Indian journal of veterinary science and animal husbandry - Volumes 15-17, 1948-1951
Year: 1948
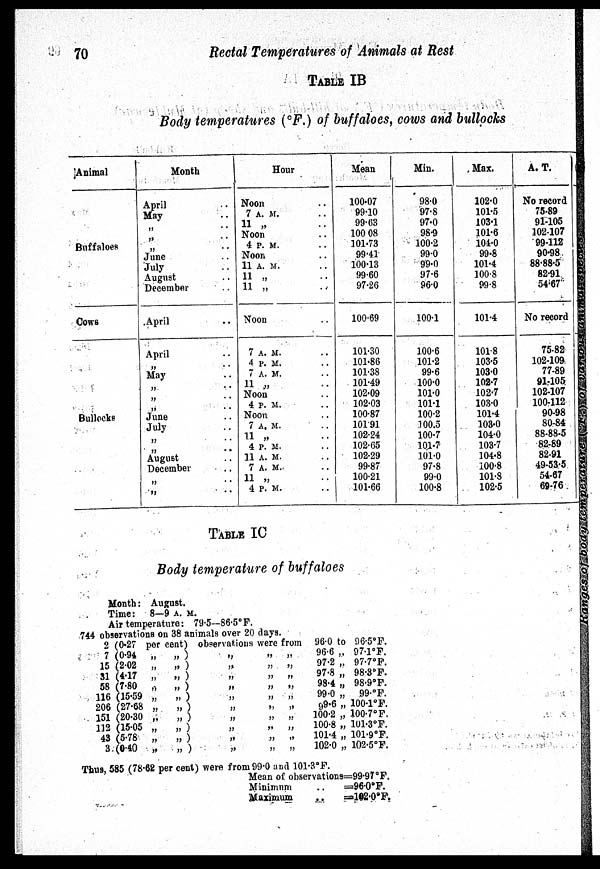
70
Rectal Temperatures of Animals at Rest
TABLE IB
Body temperatures (ºF.) of buffaloes, cows and bullocks
Animal
Buffaloes
Cows
Bullocks
Month
April
May
„
„
„
June
July
August
December
April
April
„
May
„
„
„
June
July
„
„
August
December
„
„
Hour
Noon
7 A. M.
11 „
Noon
4 P.M.
Noon
11 A. M.
11 „
11 „
Noon
7 A. M.
4 P. M.
7 A. M.
11 „
Noon
4 P. M.
Noon
7 A. M.
11 „
4 P. M.
11 A. M.
7 A. M.
11 „
4 P. M.
Mean
100.07
99.10
99.63
100 08
101.73
99.41
100.13
99.60
97.26
100.69
101.30
101.86
101.38
101.49
102.09
102.03
100.87
101.91
102.24
102.65
102.29
99.87
100.21
101.66
Min.
98.0
97.8
97.0
98.9
100.2
99.0
99.0
97.6
96.0
100.1
100.6
101.2
99.6
100.0
101.0
101.1
100.2
100.5
100.7
101.7
101.0
97.8
99.0
100.8
Max.
102.0
101.5
103.1
101.6
104.0
99.8
101.4
100.8
99.8
101.4
101.8
103.5
103.0
102.7
102.7
103.0
101.4
103.0
104.0
103.7
104.8
100.8
101.8
102.5
A. T.
No record
75.89
91.105
102.107
99.112
90.98
88-88.5
82.91
54.67
No record
75.82
102.109
77.89
91.105.
102.107
100.112
90.98
80.84
88-88.5
82.89
82.91
49-53.5
54.67
69.76
TABLE IC
Body temperature of buffaloes
Month: August.
Time: 8—9 A. M.
Air temperature: 79.5—86.5°F.
744 observations on 38 animals over 20 days.
2
7
15
31
58
116
206
151
132
43
3
(0.27per cent)observations were from
(0.94 „ „ ) „ „ „
(2.02
„
„
)
„
„
„
(4.17
„
„
)
„
„
„
(7.80
„
„
)
„
„
„
(15.59
„
„
)
„
„
„
(27.68
„
„
)
„
„
„
(20.30
„
„
)
„
„
„
(15.05
„
„
)
„
„
„
(5.78
„
„
)
„
„
„
(0.40
„
„
)
„
„
„
96.0 to 96.5ºF.
96.6 „ 97.1ºF.
97.2 „ 97.7ºF.
97.8 „ 98.3ºF.
98.4 „ 98.9ºF.
99.0 „ 99.°F.
99.6 „ 100.1°F.
100.2 „ 100.7ºF.
100.8 „ 101.3°F.
101.4 „ 101.9ºF.
102.0 „ 102.5°F.
Thus. 585 (78.62 per cent) were from 99.0 and 101.3ºF.
Mean of observations
Minimum
Maximum
=99.97ºF.
=96.0ºF.
=102.0ºF.